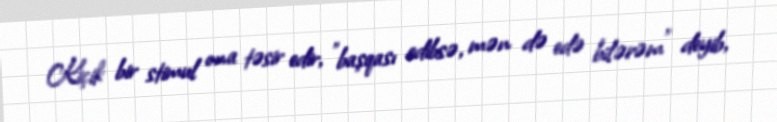
Kiçik bir stimul ona təsir edir, ”başqası edibsə, mən də edə bilərəm" deyib,